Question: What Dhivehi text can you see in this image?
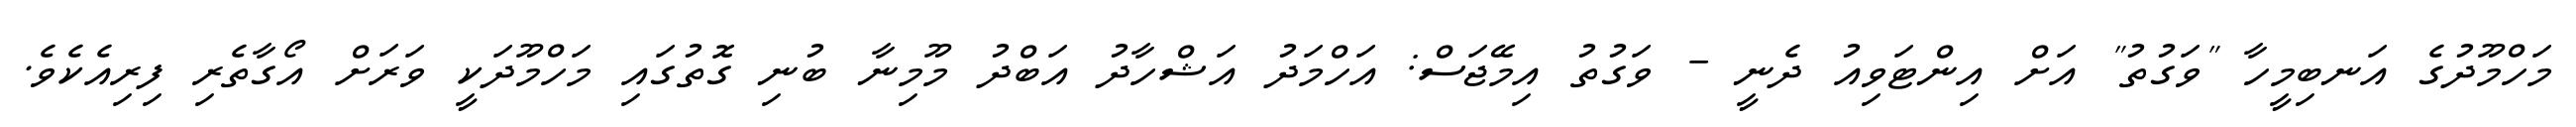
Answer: މަހްމޫދުގެ އަނބިމީހާ "ވަގުތު" އަށް އިންޓަވިއު ދެނީ - ވަގުތު އިމޭޖަސް: އަހްމަދު އަޝްހާދު އަބްދު މޫމިނާ ބުނި ގޮތުގައި މަހްމޫދަކީ ވަރަށް އޯގާތެރި ފިރިއެކެވެ.